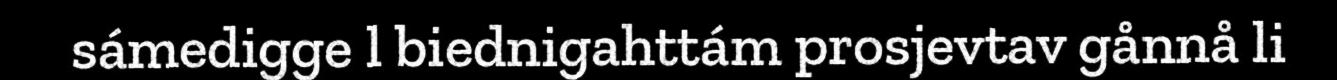
sámedigge l biednigahttám prosjevtav gånnå li